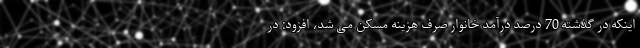
اینکه در گذشته 70 درصد درآمد خانوار صرف هزینه مسکن می شد، افزود: در